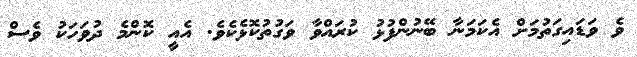
ވެ ވަޑައިގަތުމަށް އެކަމަނާ ބޭނުންފުޅު ކުރައްވާ ވަގުތުކޮޅެކެވެ. އެއީ ކޮންމެ ދުވަހަކު ވެސް